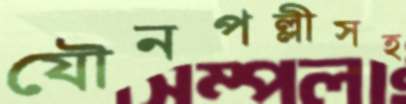
যৌনপল্লীসহ